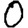
Digit: 0